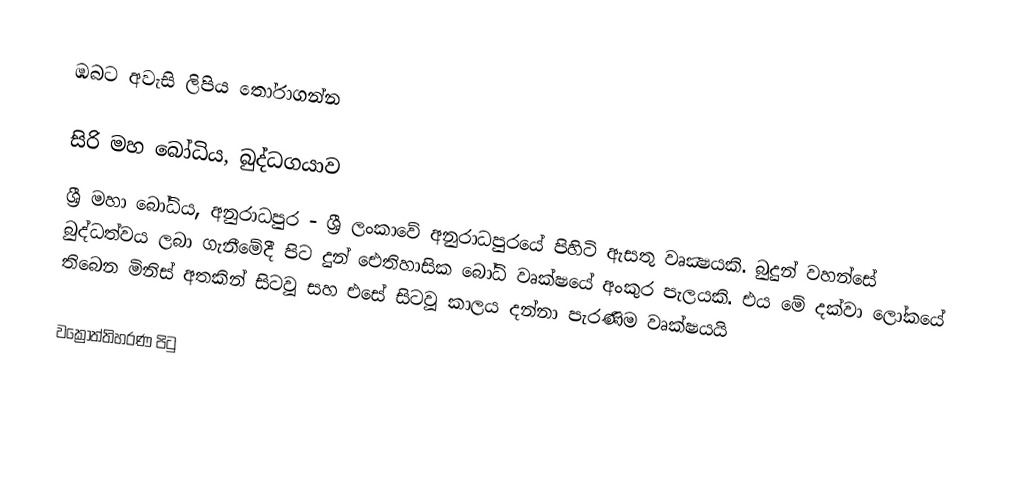
ඹබට අවැසි ලිපිය තෝරාගන්න

 සිරි මහ බෝධිය, බුද්ධගයාව
 ශ්‍රී මහා බෝධිය, අනුරාධපුර - ශ්‍රී ලංකාවේ අනුරාධපුරයේ පිහිටි ඇසතු වෘක්‍ෂයකි. බුදුන් වහන්සේ බුද්ධත්වය ලබා ගැනීමේදී පිට දුන් ඓතිහාසික බෝධි වෘක්ෂයේ අංකුර පැලයකි. එය මේ දක්වා ලෝකයේ තිබෙන මිනිස් අතකින් සිටවූ සහ එසේ සිට‍වූ කාලය දන්නා පැරණිම වෘක්ෂයයි

වක්‍රෝත්තිහරණ පිටු